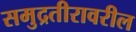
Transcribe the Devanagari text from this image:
समुद्रतीरावरील